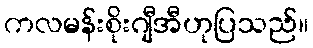
ကလမန်းစိုးဂျီအီဟုပြသည်။